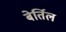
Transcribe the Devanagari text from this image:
बेर्तिल